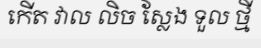
កើត វាល លិច ស្លែង ទួល ថ្មី